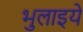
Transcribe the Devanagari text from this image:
भुलाइये